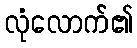
လုံလောက်၏